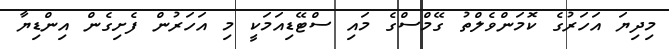
މިދިޔަ އަހަރުގެ ކޮމަންވެލްތު ގޭމްސްގެ މައި ސްޓޭޑިއަމަކީ މި އަހަރުން ފެށިގެން އިންޑިޔާ